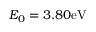
E _ { 0 } = 3 . 8 0 \mathrm { e V }